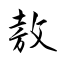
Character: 敖